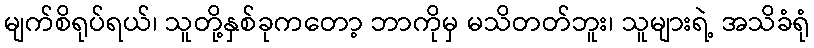
မျက်စိရုပ်ရယ်၊ သူတို့နှစ်ခုကတော့ ဘာကိုမှ မသိတတ်ဘူး၊ သူများရဲ့ အသိခံရုံ